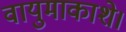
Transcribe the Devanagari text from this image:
वायुमाकाशे।